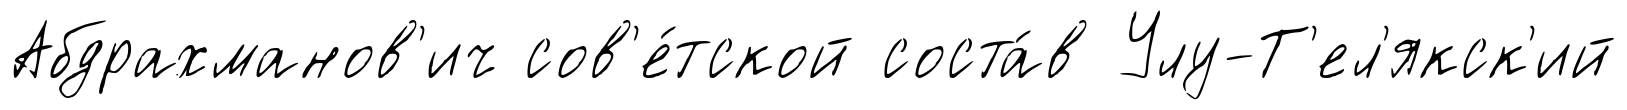
Абдрахманов'ич сов'е́тской соста́в Улу-Т'ел'якск'ий